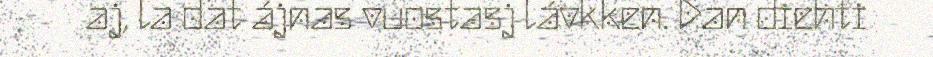
aj, la dat ájnas vuostasj lávkken. Dan diehti